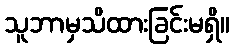
သူဘာမှသိထားခြင်းမရှိ။